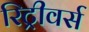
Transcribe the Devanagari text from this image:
रिट्रीवर्स